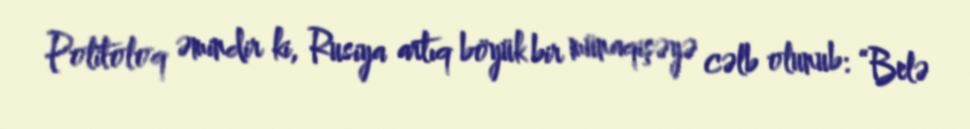
Politoloq əmindir ki, Rusiya artıq böyük bir münaqişəyə cəlb olunub: “Belə